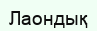
Лаондық